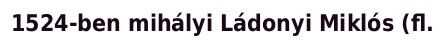
1524-ben mihályi Ládonyi Miklós (fl.